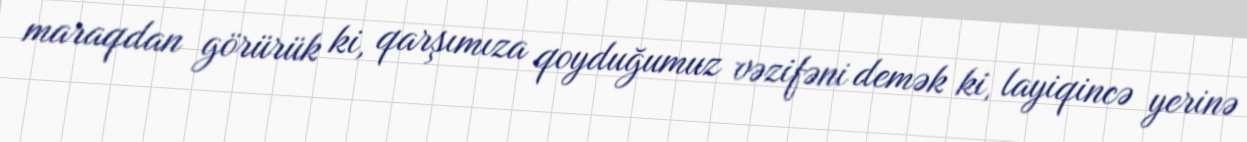
maraqdan görürük ki, qarşımıza qoyduğumuz vəzifəni demək ki, layiqincə yerinə